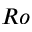
R o